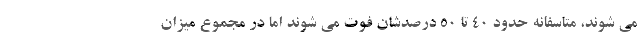
می شوند، متاسفانه حدود ۴۰ تا ۵۰ درصدشان فوت می شوند اما در مجموع میزان